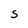
Character: S